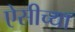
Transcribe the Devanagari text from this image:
ऐसीच्या